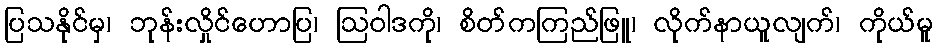
ပြသနိုင်မှ၊ ဘုန်းလှိုင်ဟောပြ၊ ဩဝါဒကို၊ စိတ်ကကြည်ဖြူ၊ လိုက်နာယူလျက်၊ ကိုယ်မူ